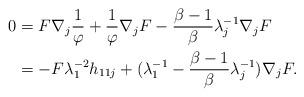
LaTeX: \begin{align*}0&=F\nabla_{j}\frac{1}{\varphi}+\frac{1}{\varphi}\nabla_{j}F-\frac{\beta-1}{\beta}\lambda_{j}^{-1}\nabla_{j}F\\&=-F\lambda_{1}^{-2}h_{11j}+(\lambda_{1}^{-1}-\frac{\beta-1}{\beta}\lambda_{j}^{-1})\nabla_{j}F.\end{align*}